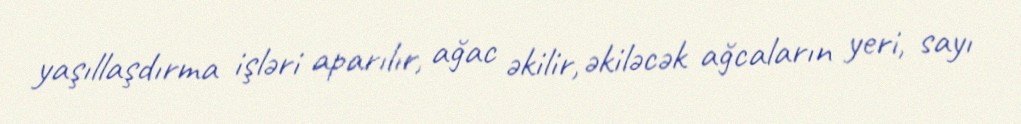
yaşıllaşdırma işləri aparılır, ağac əkilir, əkiləcək ağcaların yeri, sayı